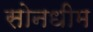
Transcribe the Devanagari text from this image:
सोनधीम